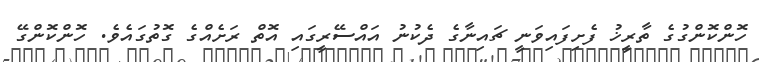
ހޮންކޮންގުގެ ތާރީޚު ފެށިފައިވަނީ ޗައިނާގެ ދެކުނު އައްސޭރީގައި އޮތް ރަށެއްގެ ގޮތުގައެވެ. ހޮންކޮންގޭ